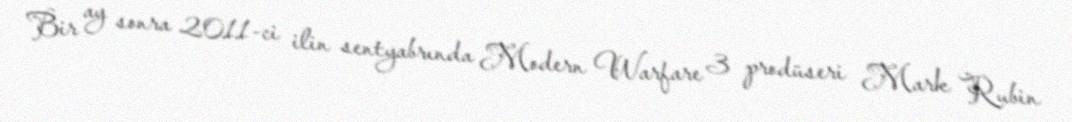
Bir ay sonra 2011-ci ilin sentyabrında Modern Warfare 3 prodüseri Mark Rubin